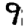
Digit: 9